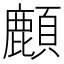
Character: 𩔴